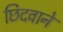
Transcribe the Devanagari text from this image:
छिदवाने